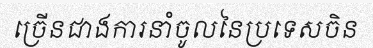
ច្រើនជាងការនាំចូលនៃប្រទេសចិន